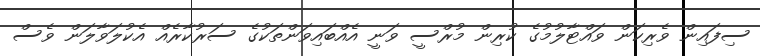
ސިފައިން ވެރިކަން ވައްޓާލުުމުގެ ކުރިން މުރްސީ ވަނީ އެއްބައިވަންތަކުގެ ސަރުކާރެއް އެކުލަވާލަން ވެސް